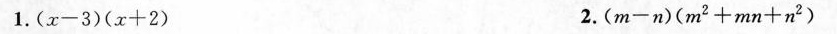
1.$$( x - 3 ) ( x + 2 )$$ 2.$$( m - n ) (